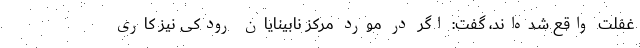
غفلت واقع شده‌اند، گفت: اگر در مورد مرکز نابینایان رودکی نیز کاری